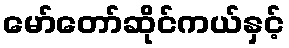
မော်တော်ဆိုင်ကယ်နှင့်